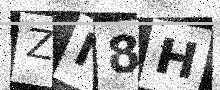
Text: ZN8H